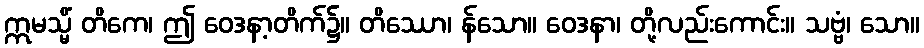
ဣမသ္မိံ တိကေ၊ ဤ ဝေဒနာ့တိက်၌။ တိဿော၊ န်သော။ ဝေဒနာ၊ တို့လည်းကောင်း။ သဗ္ဗံ၊ သော။